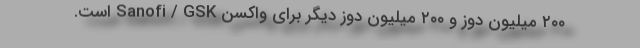
۲۰۰ میلیون دوز و ۲۰۰ میلیون دوز دیگر برای واکسن Sanofi / GSK است.